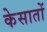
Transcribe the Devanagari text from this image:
केसातों